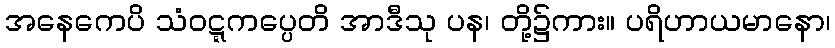
အနေကေပိ သံဝဋ္ဋကပ္ပေတိ အာဒီသု ပန၊ တို့၌ကား။ ပရိဟာယမာနော၊